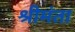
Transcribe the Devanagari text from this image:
श्रीमंता